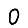
Digit: 0